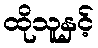
ထိုသူနှင့်